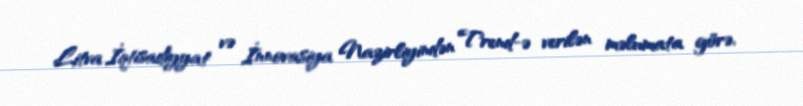
Litva İqtisadiyyat və İnnovasiya Nazirliyindən Trend-ə verilən məlumata görə,